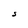
Character: S